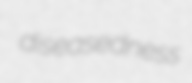
diseasedness